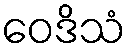
ဝေဒိသံ